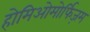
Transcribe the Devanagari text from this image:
होमिओमोर्फिज़म